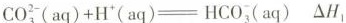
$$C O _ { 3 } ^ { 2 - } ( a q ) + H ^ { + } ( a q ) = H C O _ { 3 } ( a q )$$ △H_{ 1}